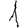
Digit: 1